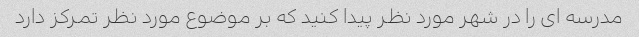
مدرسه ای را در شهر مورد نظر پیدا کنید که بر موضوع مورد نظر تمرکز دارد